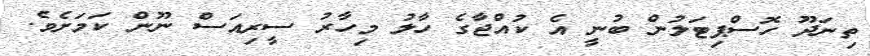
ތިނަދޫ ހޮސްޕިޓަލުން ބުނީ އެ ކުއްޖާގެ ހާލު މިހާރު ސީރިއަސް ނޫން ކަމަށެވެ.